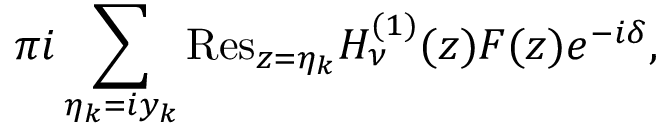
\pi i \sum _ { \eta _ { k } = i y _ { k } } { \mathrm { R e s } } _ { z = \eta _ { k } } H _ { \nu } ^ { ( 1 ) } ( z ) F ( z ) e ^ { - i \delta } ,